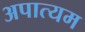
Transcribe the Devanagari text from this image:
अपात्यम